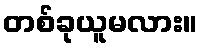
တစ်ခုယူမလား။